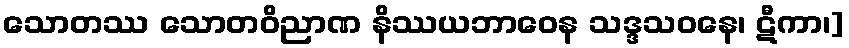
သောတဿ သောတဝိညာဏ နိဿယဘာဝေန သဒ္ဒသဝနေ၊ ဋီကာ၊]